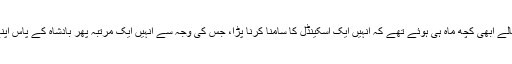
پھر لے ٹرمے کو حکومت سنبھالے ابھی کچھ ماہ ہی ہوئے تھے کہ انہیں ایک اسکینڈل کا سامنا کرنا پڑا، جس کی وجہ سے انہیں ایک مرتبہ پھر بادشاہ کے پاس اپنے استعفی کے ساتھ جانا پڑا تھا۔